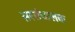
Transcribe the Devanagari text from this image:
सरसंचालक